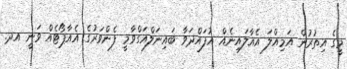
މީގެ އިތުރުން އަމިއްލަ އެއާލައިނެއް އުފައްދަވާ ބައިނަލްއަގްވާމީ ފެންވަރުގެ އެއާޕޯޓެއް ވަނީ އދ.